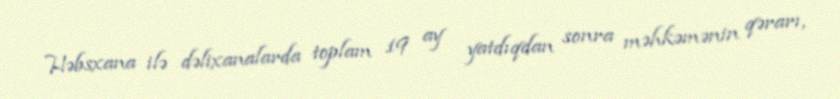
Həbsxana ilə dəlixanalarda toplam 19 ay yatdıqdan sonra məhkəmənin qərarı,